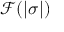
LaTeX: { \mathcal { F } } ( | \sigma | )